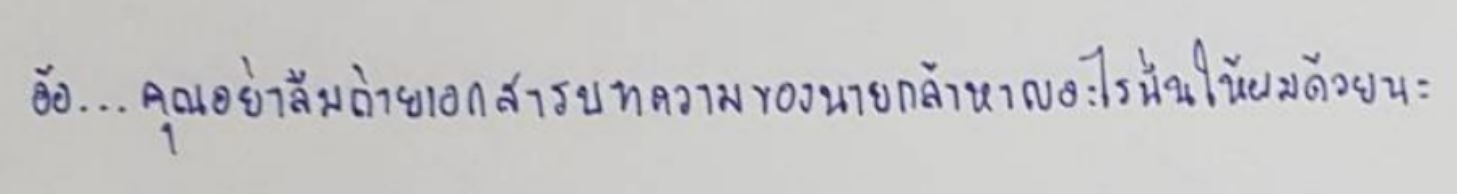
อ้อ...คุณอย่าลืมถ่ายเอกสารบทความของนายกล้าหาญอะไรนั่นให้ผมด้วยนะ